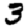
Digit: 3